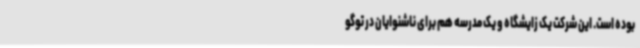
بوده است. این شرکت یک زایشگاه و یک مدرسه هم برای ناشنوایان در توگو